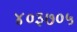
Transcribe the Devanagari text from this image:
४०३७०५